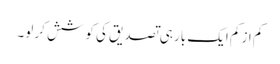
کم از کم ایک بار ہی تصدیق کی کوشش کر لو۔